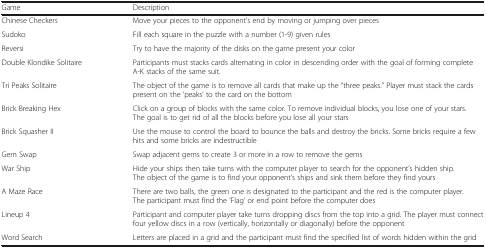
| Game | Description |
 | --- | --- |
 | Chinese Checkers | Move your pieces to the opponent’s end by moving or jumping over pieces |
 | Sudoko | Fill each square in the puzzle with a number (1-9) given rules |
 | Reversi | Try to have the majority of the disks on the game present your color |
 | Double Klondike Solitaire | Participants must stacks cards alternating in color in descending order with the goal of forming complete A-K stacks of the same suit. |
 | Tri Peaks Solitaire | The object of the game is to remove all cards that make up the “three peaks.” Player must stack the cards present on the ‘peaks’ to the card on the bottom |
 | Brick Breaking Hex | Click on a group of blocks with the same color. To remove individual blocks, you lose one of your stars. The goal is to get rid of all the blocks before you lose all your stars |
 | Brick Squasher II | Use the mouse to control the board to bounce the balls and destroy the bricks. Some bricks require a few hits and some bricks are indestructible |
 | Gem Swap | Swap adjacent gems to create 3 or more in a row to remove the gems |
 | War Ship | Hide your ships then take turns with the computer player to search for the opponent’s hidden ship. The object of the game is to find your opponent’s ships and sink them before they find yours |
 | A Maze Race | There are two balls, the green one is designated to the participant and the red is the computer player. The participant must find the ‘Flag’ or end point before the computer does |
 | Lineup 4 | Participant and computer player take turns dropping discs from the top into a grid. The player must connect four yellow discs in a row (vertically, horizontally or diagonally) before the opponent |
 | Word Search | Letters are placed in a grid and the participant must find the specified list of words hidden within the grid |